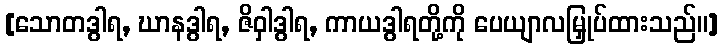
[သောတဒွါရ, ဃာနဒွါရ, ဇိဝှါဒွါရ, ကာယဒွါရတို့ကို ပေယျာလမြှုပ်ထားသည်။]